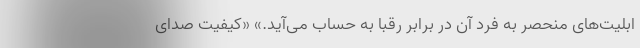
ابلیت‌های منحصر به فرد آن در برابر رقبا به حساب می‌آید.» «کیفیت صدای